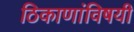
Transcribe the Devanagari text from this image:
ठिकाणांविषयी